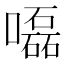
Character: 𡂳